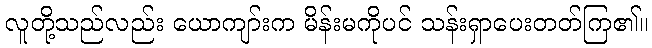
လူတို့သည်လည်း ယောကျာ်းက မိန်းမကိုပင် သန်းရှာပေးတတ်ကြ၏။